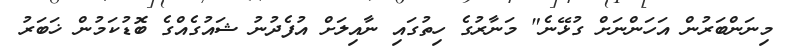
މިނަންބަރުން އަހަންނަށް ގުޅޭނެ" މަނާރުގެ ހިތުގައި ނާއިލަށް އުފެދުނު ޝައުގެއްގެ ބޮޑުކަމުން ޚަބަރު